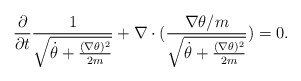
\begin{align*}\frac{\partial }{\partial t} \frac{1}{\sqrt{\dot{\theta }+ \frac{(\nabla \theta )^2}{2m}}} + \nabla \cdot ( \frac{\nabla \theta /m}{\sqrt{\dot{\theta }+ \frac{(\nabla \theta )^2}{2m}}}) = 0. \end{align*}